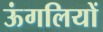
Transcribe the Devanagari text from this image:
ऊंगलियों